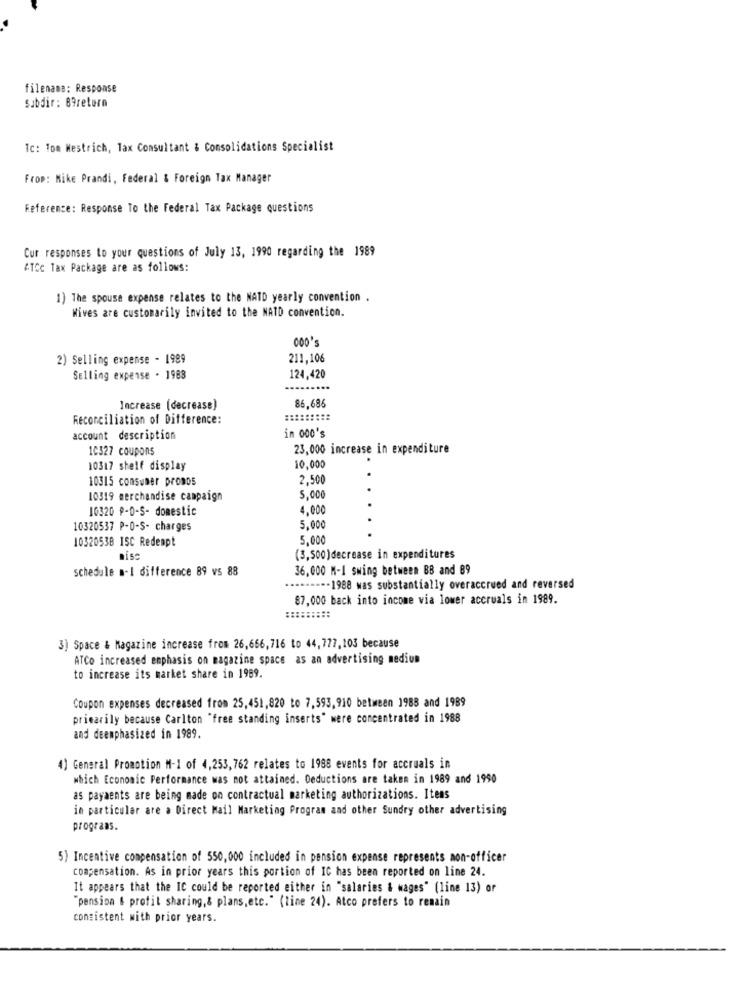
filename: Response
Subdir: 89return
Ic: 1om Mestrich, lax Consultant & Consolidations Specialist
From: Mike Prandi, Federal & Foreign Tax Manager
Reference: Response To the Federal Tax Package questions
Cur responses to your questions of July 13, 1990 regarding the 1989
ATCc Tax Package are as follows:
1) The spouse expense relates to the NATD yearly convention .
Wives are customarily invited to the NAID convention.
000'
2) Selling expense - 1989
211,106
Selling expense . 1983
124,420
86,686
Increase (decrease)
Reconciliation of Difference:
account description
in 000's
10327 coupons
23,000 increase in expenditure
.
10317 steif display
10,000
10315 consumer promos
2,500
.
10319 merchandise campaign
5,000
10320 P-0-S- domestic
4,000
10320537 P-0-S- charges
5,000
10320538 15C Redempt
5.000
(3,500)decrease in expenditures
schedule a-1 difference 89 vs 88
36,000 M-1 swing between BB and 89
-- 1988 was substantially overaccrued and reversed
87,000 back into income via lower accruals in 1989.
3) Space & Magazine increase from 26,666,716 to 44,777,103 because
ATCo increased emphasis on magazine space as an advertising nediun
to increase its market share in 1989.
Coupon expenses decreased from 25,451,820 to 7,593,910 between 1988 and 1989
primarily because Carlton "free standing inserts" mere concentrated in 1988
and deemphasized in 1989.
4] General Promotion M-1 of 4,253,762 relates to 1988 events for accruals in
which Economic Performance was not attained. Deductions are taken in 1989 and 1990
as payaents are being made on contractual marketing authorizations. Itens
in particular are a Direct Mail Marketing Program and other Sundry other advertising
programs.
5) Incentive compensation of 550,000 included in pension expense represents non-officer
compensation. As in prior years this portion of IC has been reported on line 24.
It appears that the IC could be reported either in "salaries & wages" (line 13) or
pension & profit sharing, & plans, etc." (line 24). Atco prefers to remain
consistent with prior years.